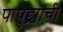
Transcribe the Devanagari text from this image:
पापुद्द्र्याची